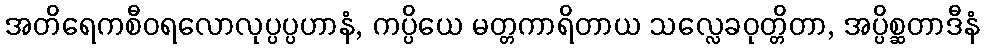
အတိရေကစီဝရလောလုပ္ပပ္ပဟာနံ, ကပ္ပိယေ မတ္တကာရိတာယ သလ္လေခဝုတ္တိတာ, အပ္ပိစ္ဆတာဒီနံ